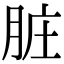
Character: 脏